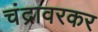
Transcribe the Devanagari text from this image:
चंद्रावरकर